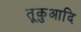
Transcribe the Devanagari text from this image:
तूकुआदि